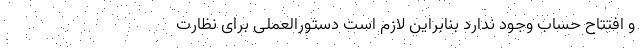
و افتتاح حساب وجود ندارد بنابراین لازم است دستورالعملی برای نظارت